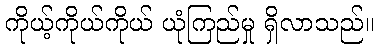
ကိုယ့်ကိုယ်ကိုယ် ယုံကြည်မှု ရှိလာသည်။